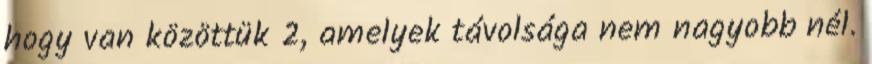
hogy van közöttük 2, amelyek távolsága nem nagyobb nél.